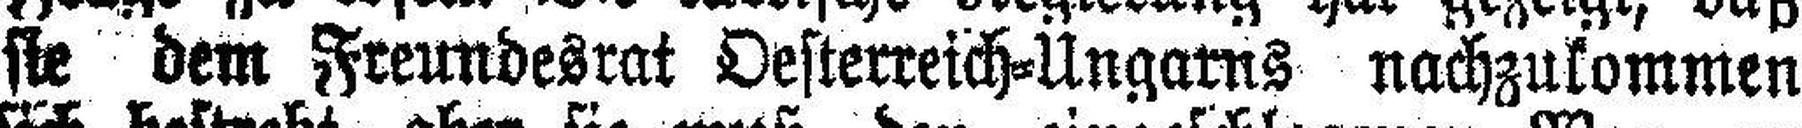
sie dem Freundesrat Oesterreich=Ungarns nachzukommen